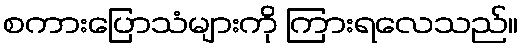
စကားပြောသံများကို ကြားရလေသည်။